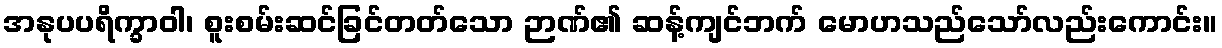
အနုပပရိက္ခာဝါ၊ စူးစမ်းဆင်ခြင်တတ်သော ဉာဏ်၏ ဆန့်ကျင်ဘက် မောဟသည်သော်လည်းကောင်း။